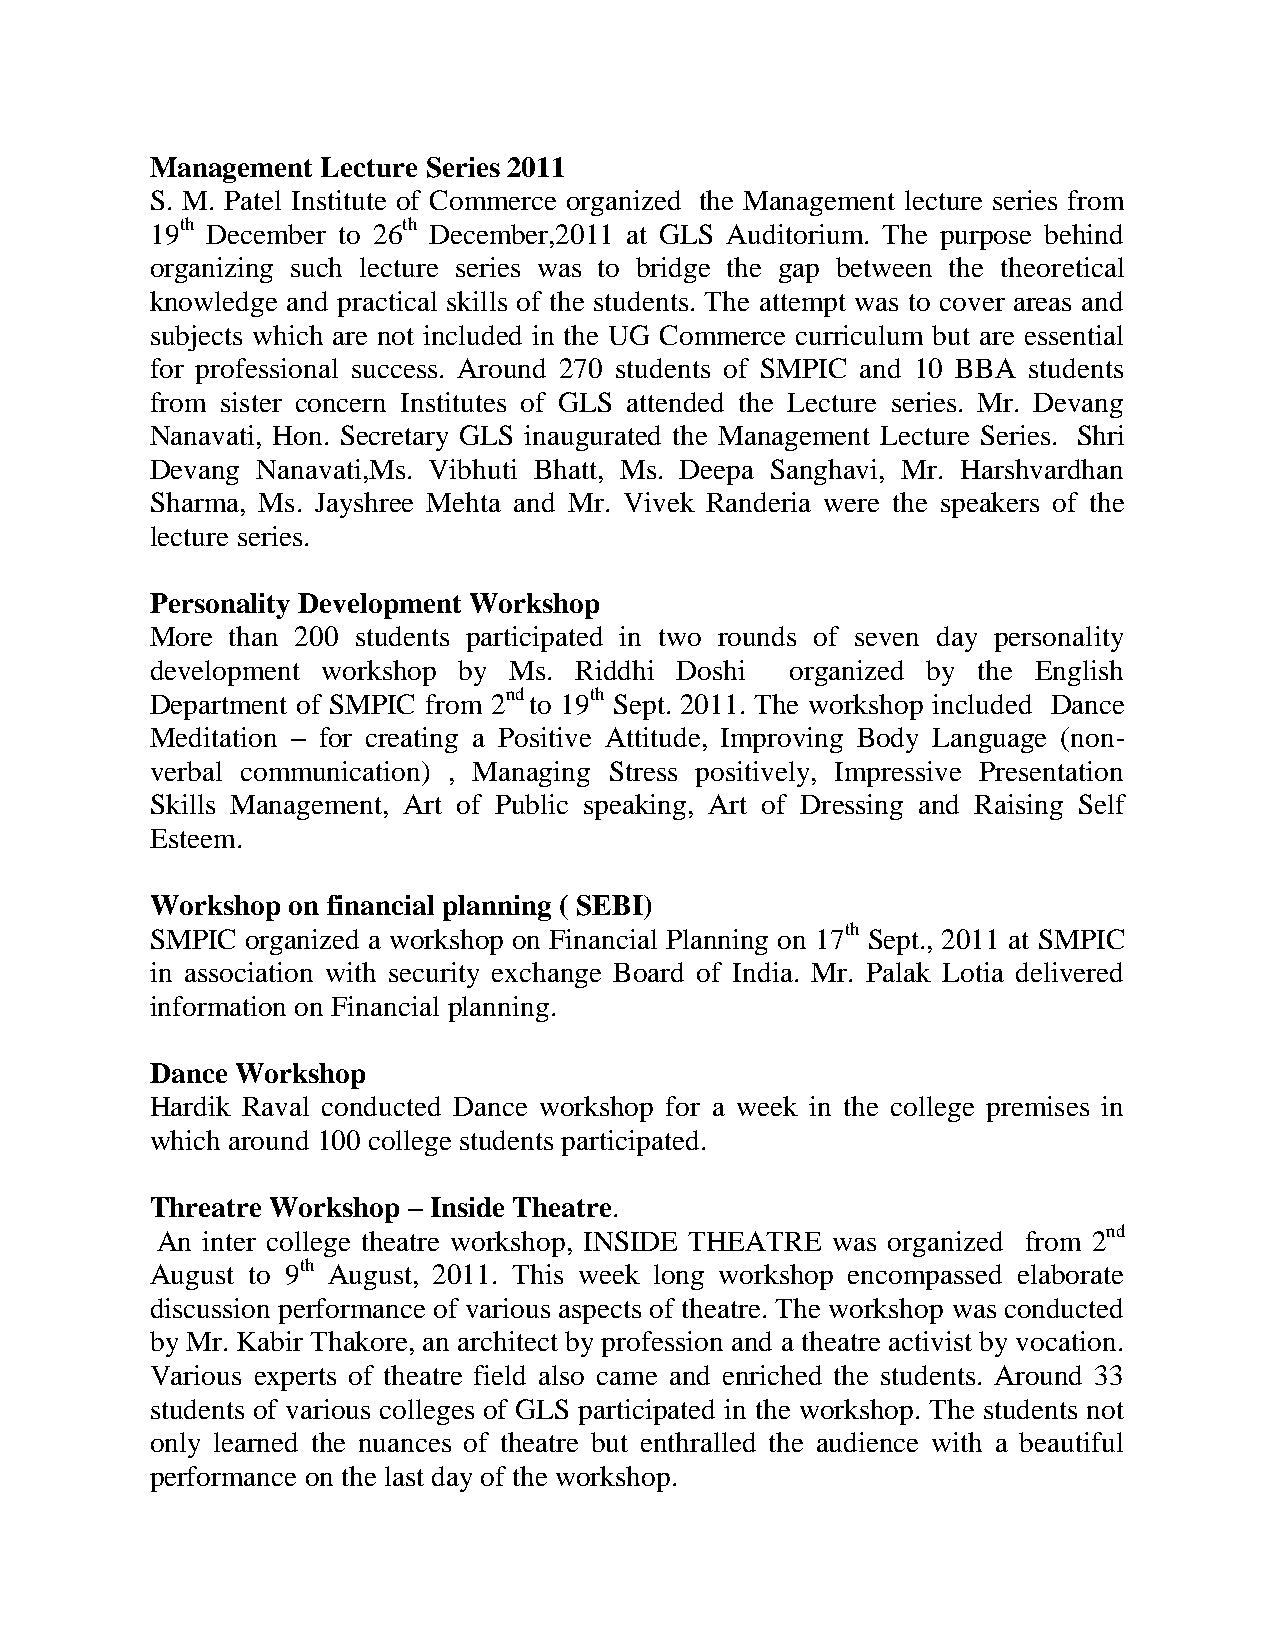
Management Lecture Series 2011
 S. M. Patel Institute of Commerce organized the Management lecture series from
 19th December to 26th December,2011 at GLS Auditorium. The purpose behind
 organizing such lecture series was to bridge the gap between the theoretical
 knowledge and practical skills of the students. The attempt was to cover areas and
 subjects which are not included in the UG Commerce curriculum but are essential
 for professional success. Around 270 students of SMPIC and 10 BBA students
 from sister concern Institutes of GLS attended the Lecture series. Mr. Devang
 Nanavati, Hon. Secretary GLS inaugurated the Management Lecture Series. Shri
 Devang Nanavati,Ms. Vibhuti Bhatt, Ms. Deepa Sanghavi, Mr. Harshvardhan
 Sharma, Ms. Jayshree Mehta and Mr. Vivek Randeria were the speakers of the
 lecture series.
 Personality Development Workshop
 More than 200 students participated in two rounds of seven day personality
 development workshop by Ms. Riddhi Doshi  organized by the English
 Department of SMPIC from 2nd to 19th Sept. 2011. The workshop included Dance
 Meditation – for creating a Positive Attitude, Improving Body Language (non-
 verbal communication) , Managing Stress positively, Impressive Presentation
 Skills Management, Art of Public speaking, Art of Dressing and Raising Self
 Esteem.
 Workshop on financial planning ( SEBI)
 SMPIC organized a workshop on Financial Planning on 17th Sept., 2011 at SMPIC
 in association with security exchange Board of India. Mr. Palak Lotia delivered
 information on Financial planning.
 Dance Workshop
 Hardik Raval conducted Dance workshop for a week in the college premises in
 which around 100 college students participated.
 Threatre Workshop – Inside Theatre.
 An inter college theatre workshop, INSIDE THEATRE was organized from 2nd
 August to 9th August, 2011. This week long workshop encompassed elaborate
 discussion performance of various aspects of theatre. The workshop was conducted
 by Mr. Kabir Thakore, an architect by profession and a theatre activist by vocation.
 Various experts of theatre field also came and enriched the students. Around 33
 students of various colleges of GLS participated in the workshop. The students not
 only learned the nuances of theatre but enthralled the audience with a beautiful
 performance on the last day of the workshop.